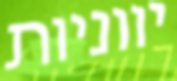
יווניות